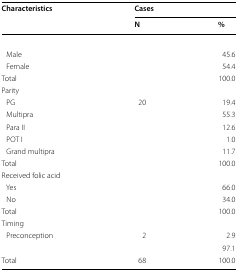
<table><thead><tr><td rowspan="2"><b>Characteristics</b></td><td colspan="2"><b>Cases</b></td></tr><tr><td><b>N</b></td><td><b>%</b></td></tr></thead><tbody><tr><td>[EMPTY_CELL]</td><td>[EMPTY_CELL]</td><td>[EMPTY_CELL]</td></tr><tr><td> Male</td><td>[EMPTY_CELL]</td><td>45.6</td></tr><tr><td> Female</td><td>[EMPTY_CELL]</td><td>54.4</td></tr><tr><td>Total</td><td>[EMPTY_CELL]</td><td>100.0</td></tr><tr><td>Parity</td><td>[EMPTY_CELL]</td><td>[EMPTY_CELL]</td></tr><tr><td> PG</td><td>20</td><td>19.4</td></tr><tr><td> Multipra</td><td>[EMPTY_CELL]</td><td>55.3</td></tr><tr><td> Para II</td><td>[EMPTY_CELL]</td><td>12.6</td></tr><tr><td> POT I</td><td>[EMPTY_CELL]</td><td>1.0</td></tr><tr><td> Grand multipra</td><td>[EMPTY_CELL]</td><td>11.7</td></tr><tr><td>Total</td><td>[EMPTY_CELL]</td><td>100.0</td></tr><tr><td>Received folic acid</td><td>[EMPTY_CELL]</td><td>[EMPTY_CELL]</td></tr><tr><td> Yes</td><td>[EMPTY_CELL]</td><td>66.0</td></tr><tr><td> No</td><td>[EMPTY_CELL]</td><td>34.0</td></tr><tr><td>Total</td><td>[EMPTY_CELL]</td><td>100.0</td></tr><tr><td>Timing</td><td>[EMPTY_CELL]</td><td>[EMPTY_CELL]</td></tr><tr><td> Preconception</td><td>2</td><td>2.9</td></tr><tr><td>[EMPTY_CELL]</td><td>[EMPTY_CELL]</td><td>97.1</td></tr><tr><td>Total</td><td>68</td><td>100.0</td></tr></tbody></table>